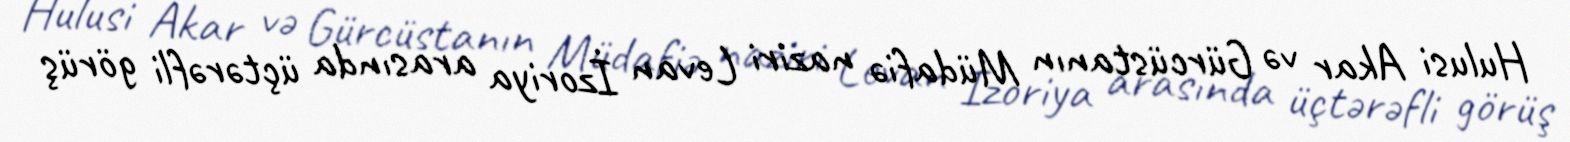
Hulusi Akar və Gürcüstanın Müdafiə naziri Levan İzoriya arasında üçtərəfli görüş